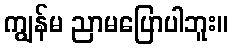
ကျွန်မ ညာမပြောပါဘူး။